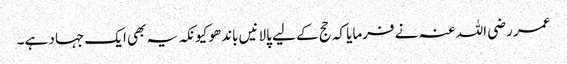
عمر رضی اللہ عنہ نے فرمایا کہ حج کے لیے پالانیں باندھو کیونکہ یہ بھی ایک جہاد ہے۔